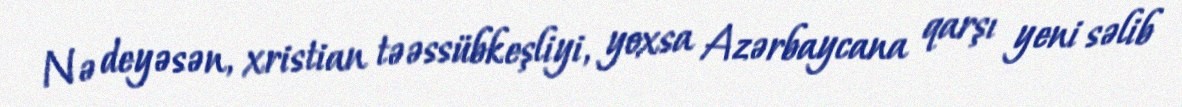
Nə deyəsən, xristian təəssübkeşliyi, yoxsa Azərbaycana qarşı yeni səlib